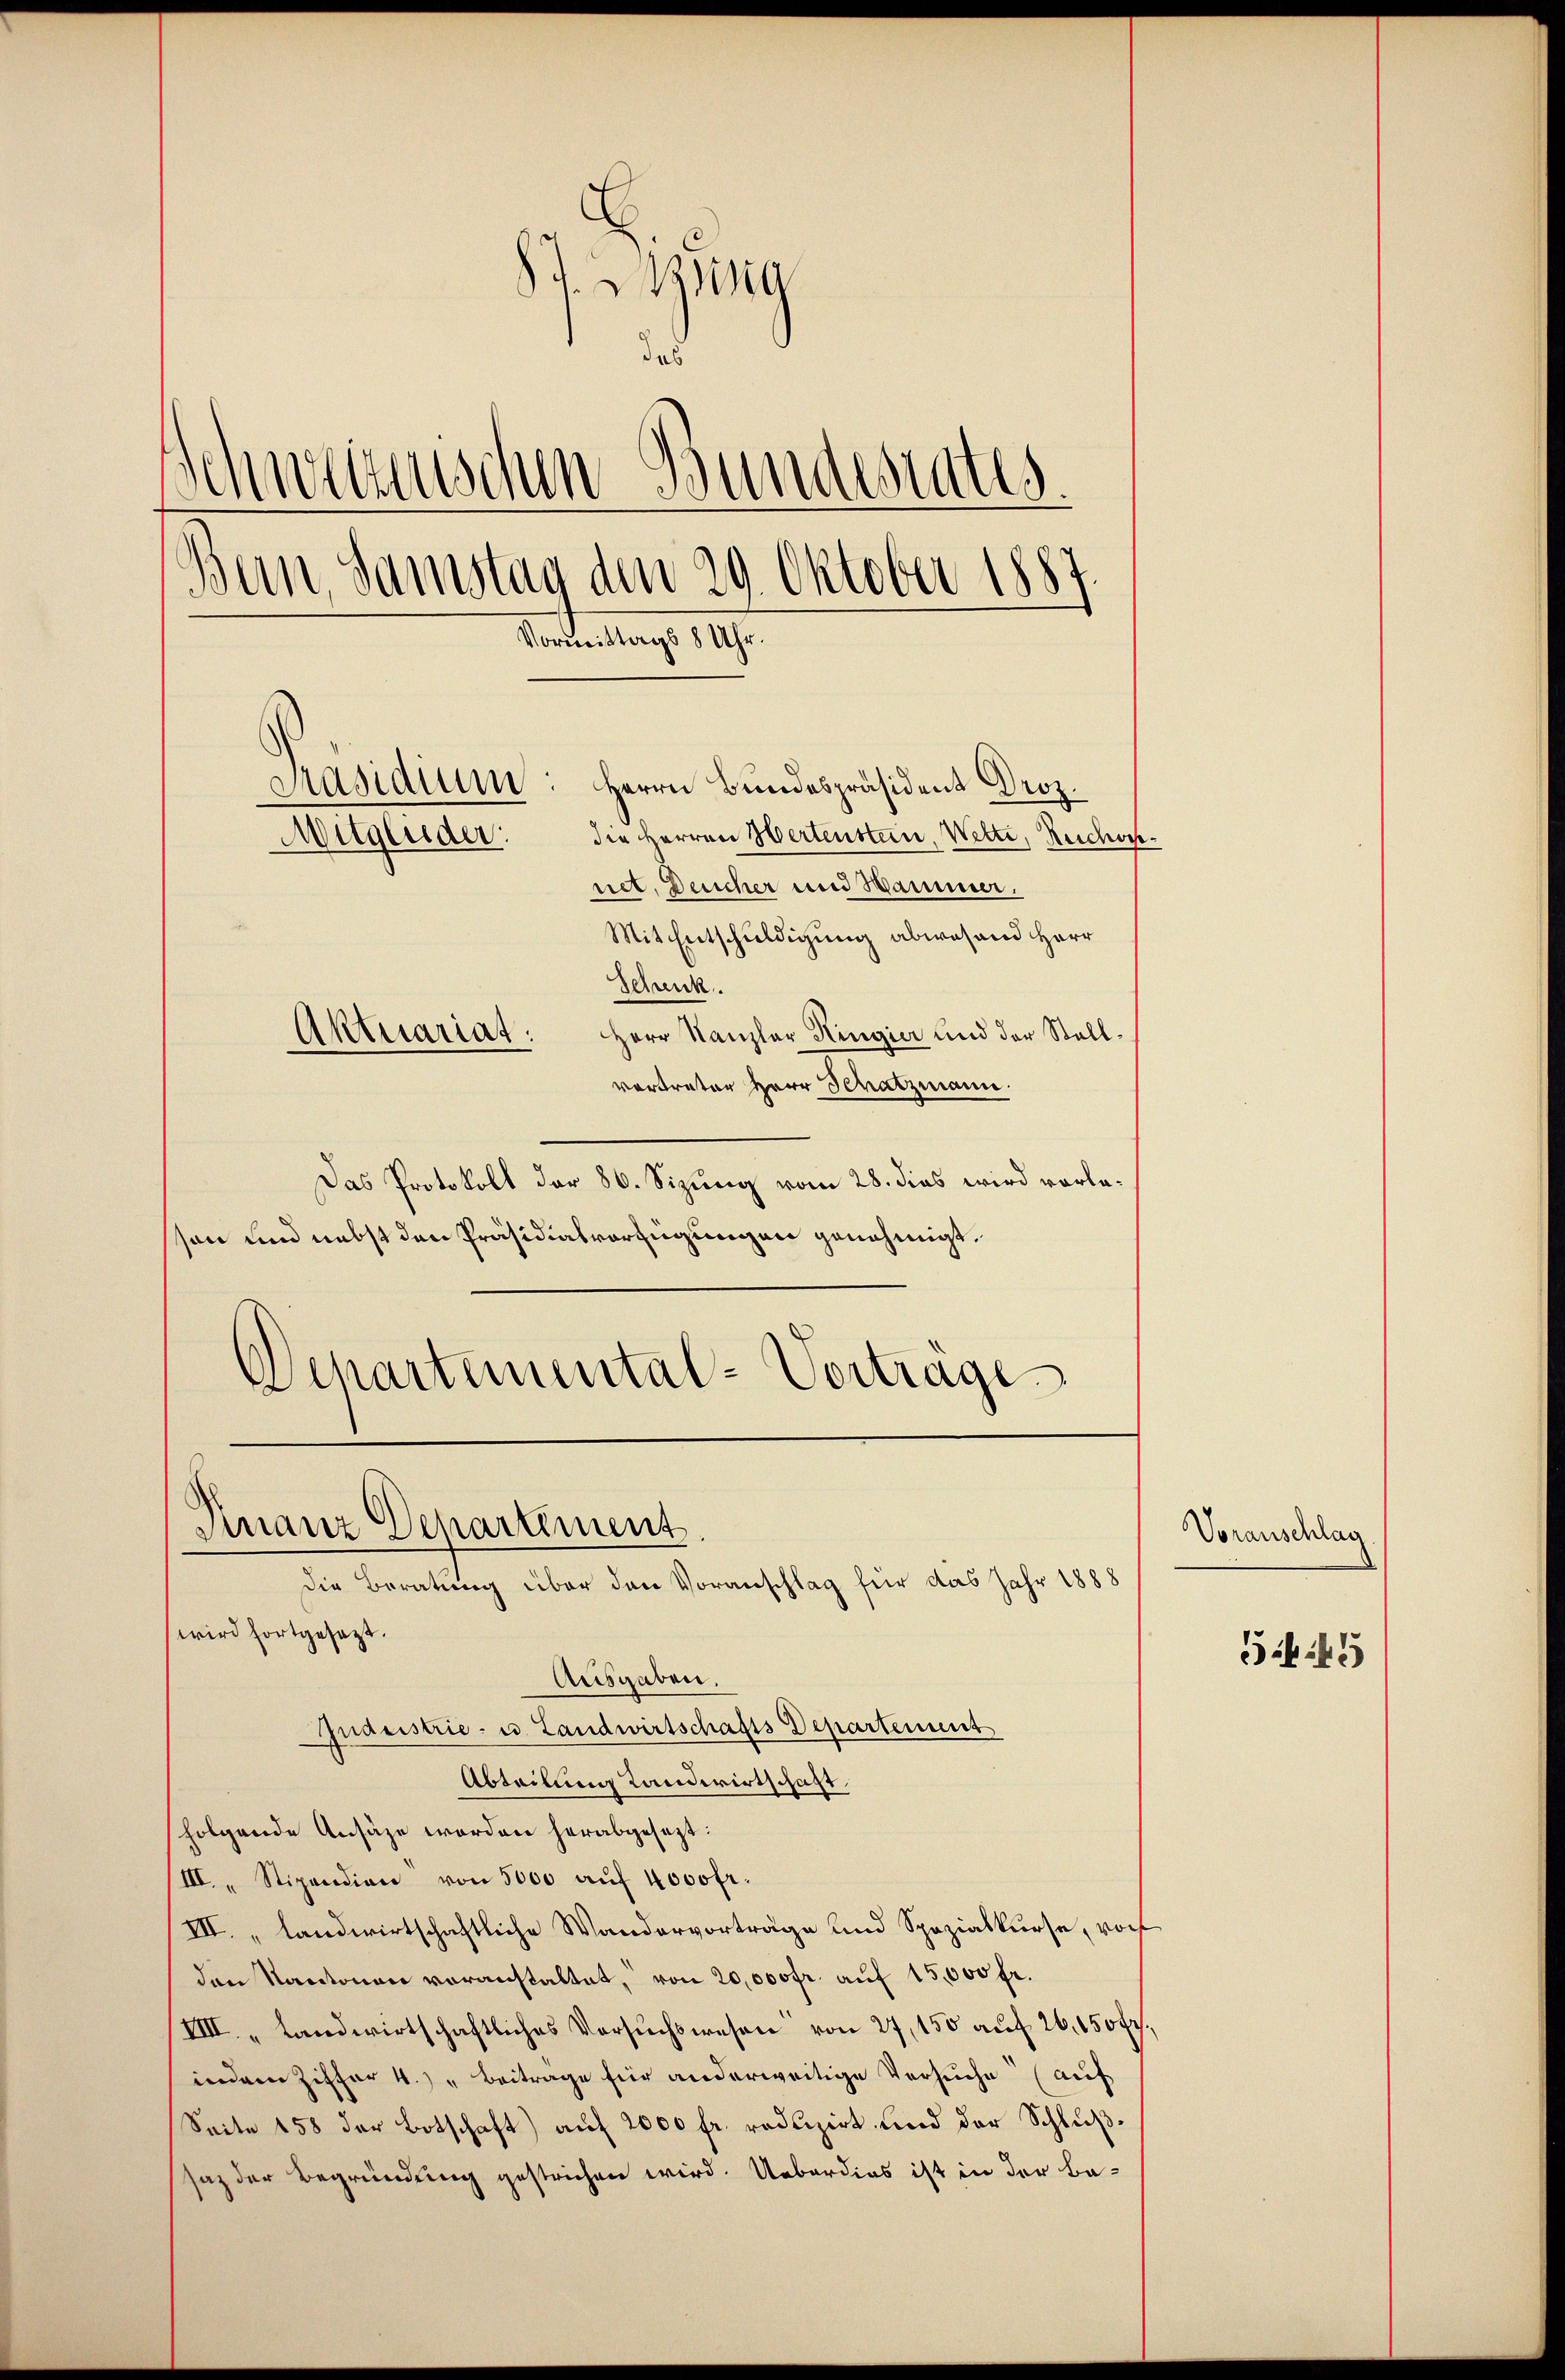
isia
das
Schweizerischen Bundestates.
Bern, Samstag den 29. Oktober 1887.
Vormittags 8 Uhr.
Präsidium: Herrn Bundespräsident Droz.
Mitglieder:
die Herren Wertenstein, Wette, Reichwoh
net, Deucher und Hammer.
Mit Entschuldigung abwesend Herr
Schenk.
Aktuariat: Herr Kanzler Kingier und der Stall-
vortreter Herr Schatzmann.

Das Protokoll der 86. Sizung vom 28. dies wird vorlesen und nebst den Präsidialverfügungen genehmigt.
Departemental-Vortrage

Finanz Departement
Die Beratung über den Voranschlag für das Jahr 1888
wird fortgesetzt.
Ausgaben
Indristrie - u. Landwirtschafts Departement

Abteilung Landwirtschaft.
folgende Ansäze werden herabgesezt:
III. „ Stipendion von 5000 aŭf 4000fr.
III. „ landwirtschaftliche Wandervorträge und Spezialkurse, vorh
den Kantonen voranstaltet, von 20,000fr. auf 15,000 fr.
VIII. „Landwirtschaftliches Versuchswesen von 27, 150 auf 26, 150 fr.,
indem Ziffer 4.) " Beitrage für anderweitige Versuche (auf
Seite 158 der Botschaft) auf 2000 fr. reduzirt und der Schlußsaz der Begründung gestrichen wird. Ueberdies ist in der Be-

2

Voranschlag

5:45